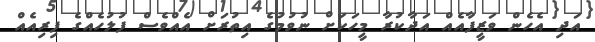
އަދި އެހެން ވަޒީފާއެއް އަދާކުރާ މީހަކަށް ނުވުމުގެ އިތުރަށް އެއްވެސް ފުލުހެއްގެ ފިރިއެއް